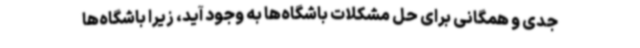
جدی و همگانی برای حل مشکلات باشگاه‌ها به وجود آید، زیرا باشگاه‌ها